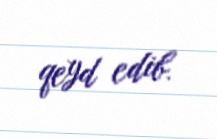
qeyd edib.